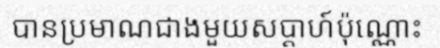
បានប្រមាណជាងមួយសប្តាហ៍ប៉ុណ្ណោះ